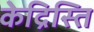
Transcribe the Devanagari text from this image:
केद्रिस्ति